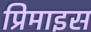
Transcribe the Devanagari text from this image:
प्रिमाइस